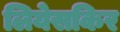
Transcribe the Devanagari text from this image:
लियेसकिर